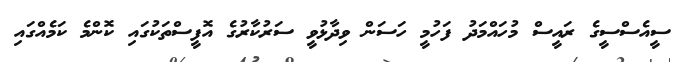
ސީއެސްސީގެ ރައީސް މުހައްމަދު ފަހުމީ ހަސަން ވިދާޅުވީ ސަރުކާރުގެ އޮފީސްތަކުގައި ކޮންމެ ކަމެއްގައި